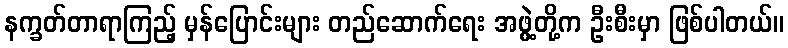
နက္ခတ်တာရာကြည့် မှန်ပြောင်းများ တည်ဆောက်ရေး အဖွဲ့တို့က ဦးစီးမှာ ဖြစ်ပါတယ်။